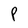
Character: P